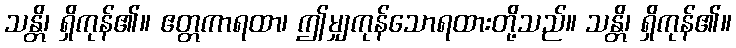
သန္တိ၊ ရှိကုန်၏။ ဧတ္တကာရထာ၊ ဤမျှကုန်သောရထားတို့သည်။ သန္တိ၊ ရှိကုန်၏။